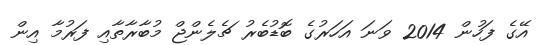
އޭގެ ފަހުން 2014 ވަނަ އަހަރުގެ ބޮޑުބެރު ޗެލެންޖް މުބާރާތާއި ފަރުމާ އިން